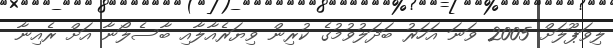
ލިވަޕޫލަށް 2005 ވަނަ އަހަރު ބަދަލުވުމުގެ ކުރިން ވިޔަރެއާލާއި ބާސެލޯނާ އަށް ރެއިނާ